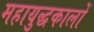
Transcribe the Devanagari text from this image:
महायुद्धकालों